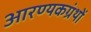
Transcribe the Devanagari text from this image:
आरण्यकग्रंथों